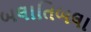
બલાતિબલા